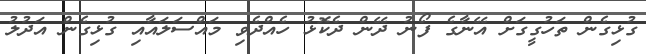
ގުޅިގެން ތަހުގީގަށް އޭނާގެ ފޯނު ދޭން ދެކޮޅު ހެއްދެވި މައްސަލައާއި ގުޅިގެން އަދުލު